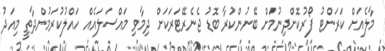
މާލެއަށް ކަރަންޓު ފޯރުކޮށްދިނުމަށް ބޭނުންކުރާ ބޮޑު ޖެނެރޭޓަރަކަށް ދިމާވި މައްސަލައެއް ހައްލުކުރަމުންދާތީ މިއަދު